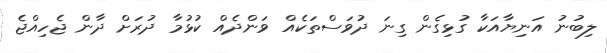
ލިބުނު އަނިޔާއަކާ ގުޅިގެން ގިނަ ދުވަސްތަކެއް ވަންދެއް ކުޅުމާ ދުރަށް ދާން ޖެހިއްޖެ